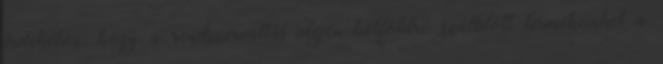
érdekében, hogy a rendszerváltás idején külföldre szállított termékeinket a